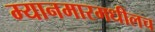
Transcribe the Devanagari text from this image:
म्यानमारमधीलच